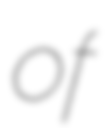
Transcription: of